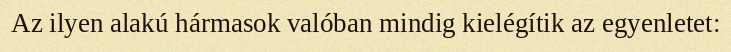
Az ilyen alakú hármasok valóban mindig kielégítik az egyenletet: